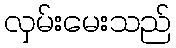
လှမ်းမေးသည်